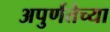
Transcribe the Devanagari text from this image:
अपुर्णतेच्या